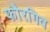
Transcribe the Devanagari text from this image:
फौरगिव